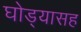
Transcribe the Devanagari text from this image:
घोड्यासह